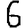
Digit: 6